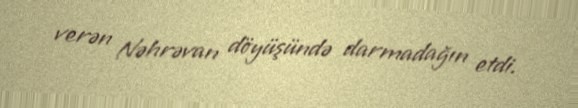
verən Nəhrəvan döyüşündə darmadağın etdi.